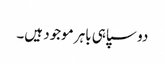
دو سپاہی باہر موجود ہیں۔